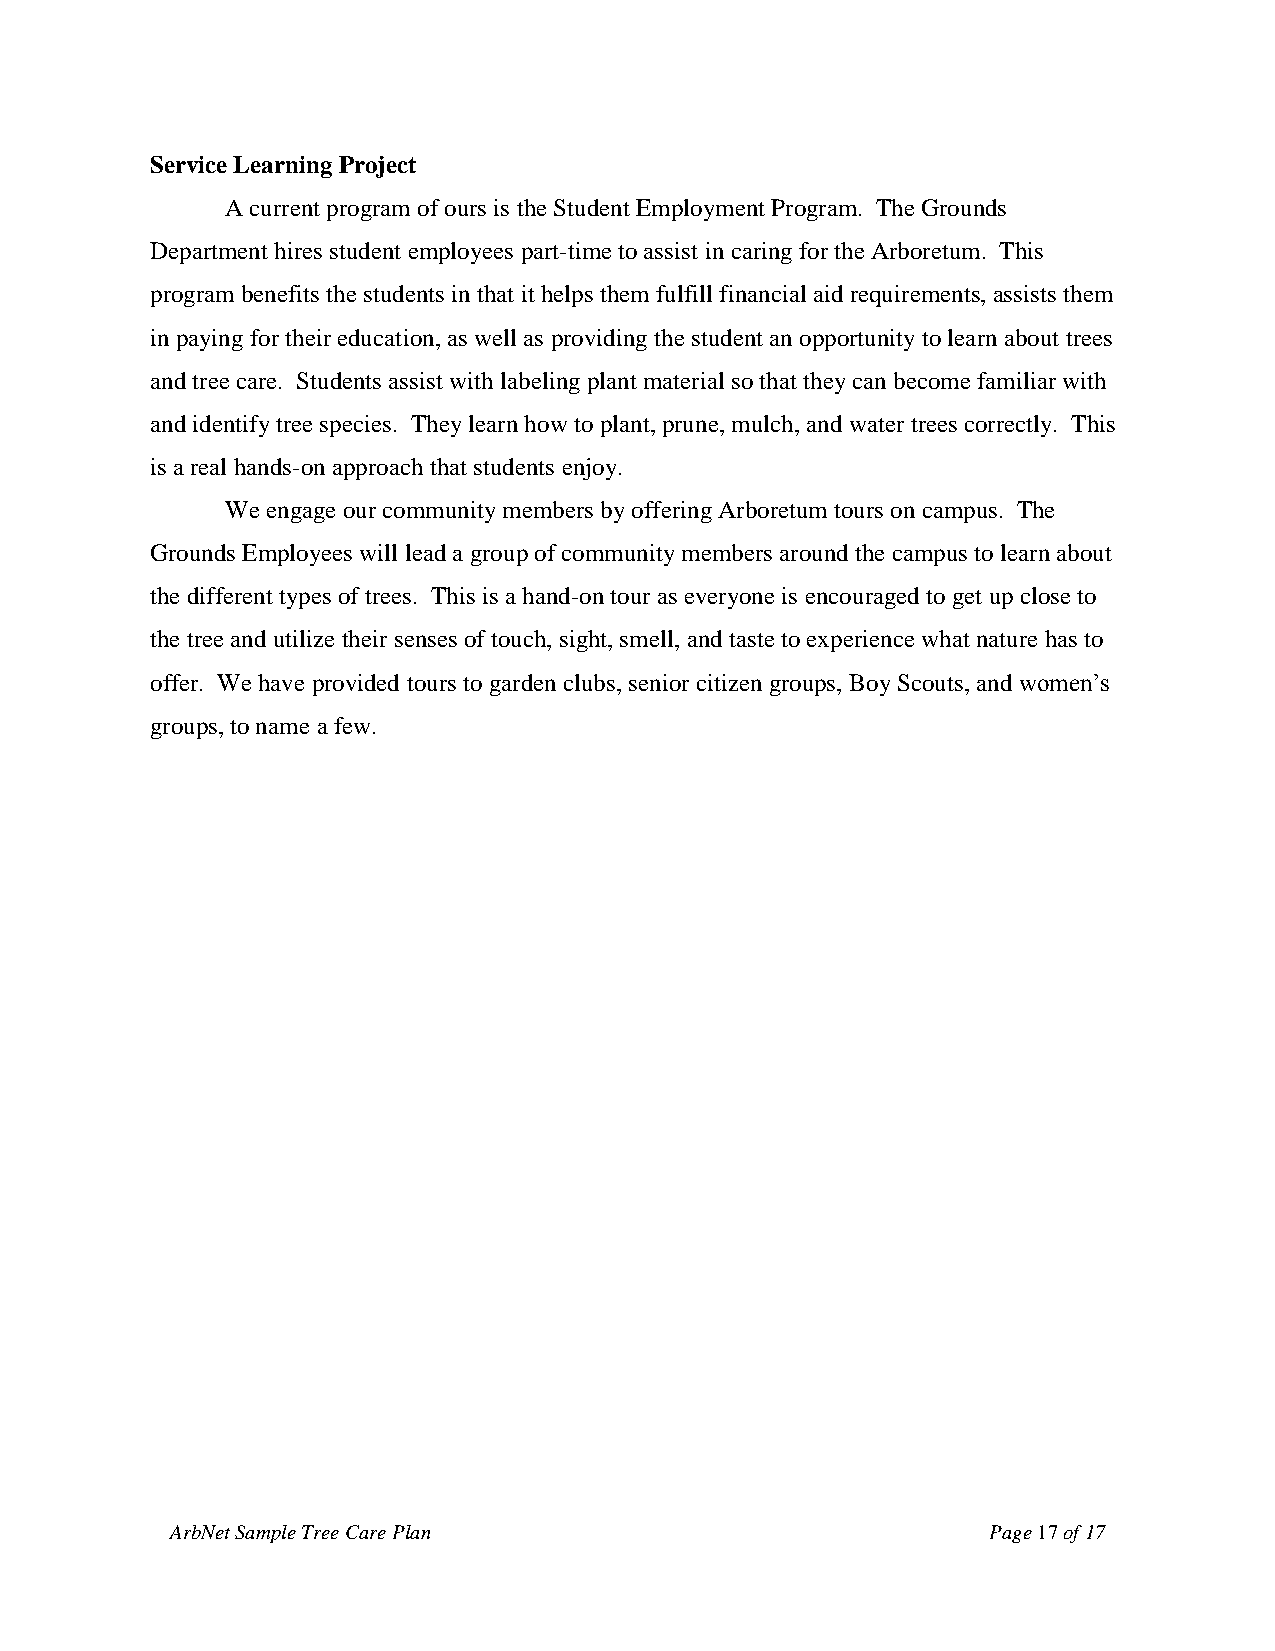
Service Learning Project
 A current program of ours is the Student Employment Program. The Grounds
 Department hires student employees part-time to assist in caring for the Arboretum. This
 program benefits the students in that it helps them fulfill financial aid requirements, assists them
 in paying for their education, as well as providing the student an opportunity to learn about trees
 and tree care. Students assist with labeling plant material so that they can become familiar with
 and identify tree species. They learn how to plant, prune, mulch, and water trees correctly. This
 is a real hands-on approach that students enjoy.
 We engage our community members by offering Arboretum tours on campus. The
 Grounds Employees will lead a group of community members around the campus to learn about
 the different types of trees. This is a hand-on tour as everyone is encouraged to get up close to
 the tree and utilize their senses of touch, sight, smell, and taste to experience what nature has to
 offer. We have provided tours to garden clubs, senior citizen groups, Boy Scouts, and women’s
 groups, to name a few.
 ArbNet Sample Tree Care Plan                          Page 17 of 17